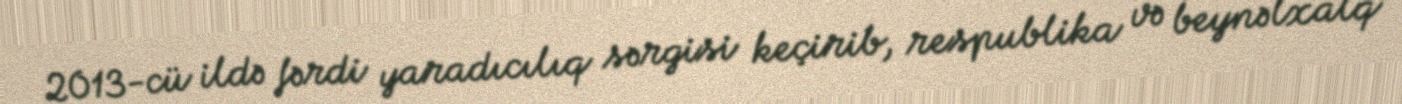
2013-cü ildə fərdi yaradıcılıq sərgisi keçirib, respublika və beynəlxalq